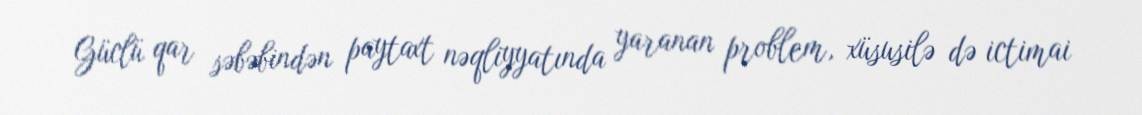
Güclü qar səbəbindən paytaxt nəqliyyatında yaranan problem, xüsusilə də ictimai